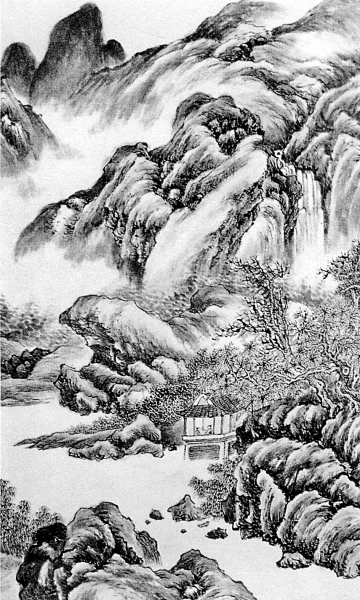
遗庙丹青落，空山草木长。